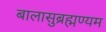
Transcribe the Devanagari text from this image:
बालासुब्रह्मण्यम